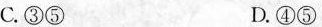
C. ③⑤ D. ④⑤